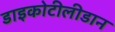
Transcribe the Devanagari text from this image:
डाइकोटीलीडान